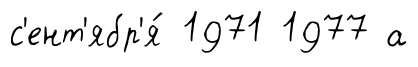
с'ент'ябр'я́ 1971 1977 а